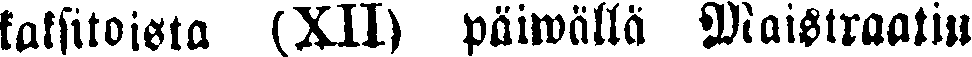
kaksitoista (XII) päiwälla Maistraatin